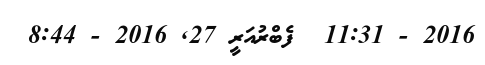
2016 - 11:31  ފެބްރުއަރީ 27